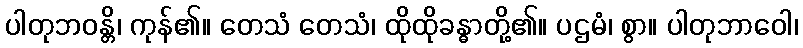
ပါတုဘဝန္တိ၊ ကုန်၏။ တေသံ တေသံ၊ ထိုထိုခန္ဓာတို့၏။ ပဌမံ၊ စွာ။ ပါတုဘာဝေါ၊